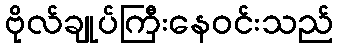
ဗိုလ်ချုပ်ကြီးနေဝင်းသည်